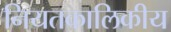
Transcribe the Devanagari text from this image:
नियतकालिकीय